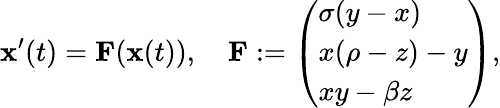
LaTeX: \mathbf{x}^{\prime}(t)=\mathbf{F}(\mathbf{x}(t)),\quad\mathbf{F}:=\left(\begin{array}{l}{\sigma(y-x)}\\ {x(\rho-z)-y}\\ {xy-\beta z}\end{array}\right),